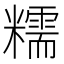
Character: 糯